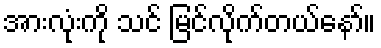
အားလုံးကို သင် မြင်လိုက်တယ်နော်။